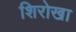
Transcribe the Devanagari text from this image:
शिरोखा